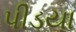
પીડયા